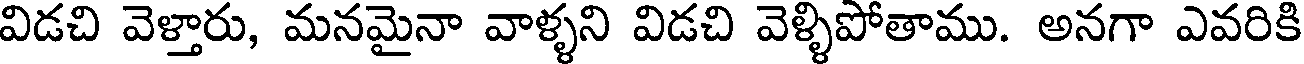
విడచి వెళ్తారు, మనమైనా వాళ్ళని విడచి వెళ్ళిపోతాము. అనగా ఎవరికి